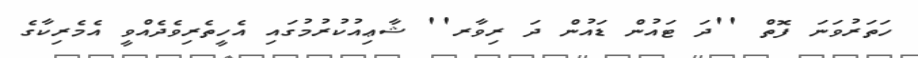
ހަތަރުވަނަ ފޮތް ''ދަ ޓައުން ޑައުން ދަ ރިވާރ'' ޝާޢިއުކުރުމުގައި އެހީތެރިވެދެއްވީ އެމެރިކާގެ